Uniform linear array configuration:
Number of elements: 8
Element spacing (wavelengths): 0.25
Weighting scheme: blackman
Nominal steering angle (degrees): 15
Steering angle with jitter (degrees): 13.904
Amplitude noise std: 0.05
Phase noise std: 0.05

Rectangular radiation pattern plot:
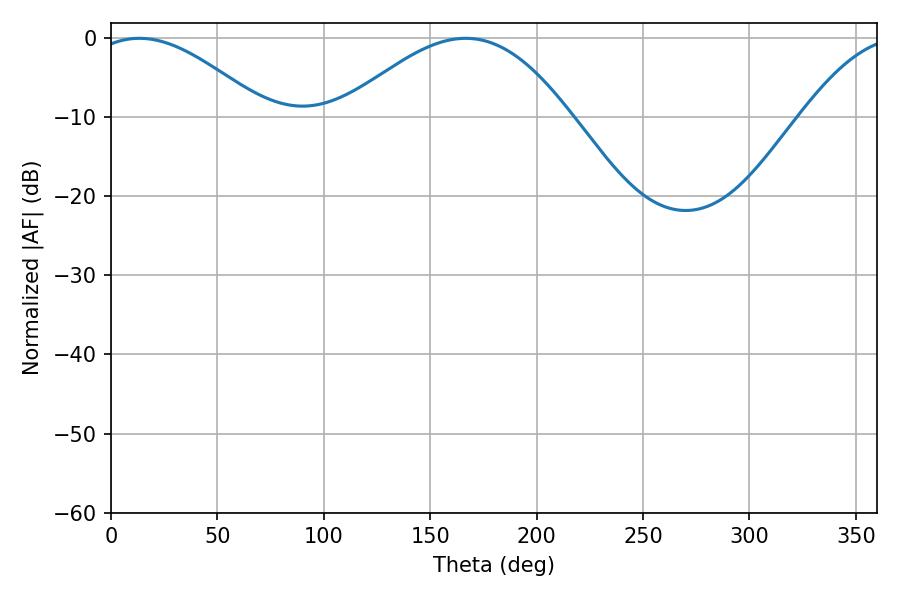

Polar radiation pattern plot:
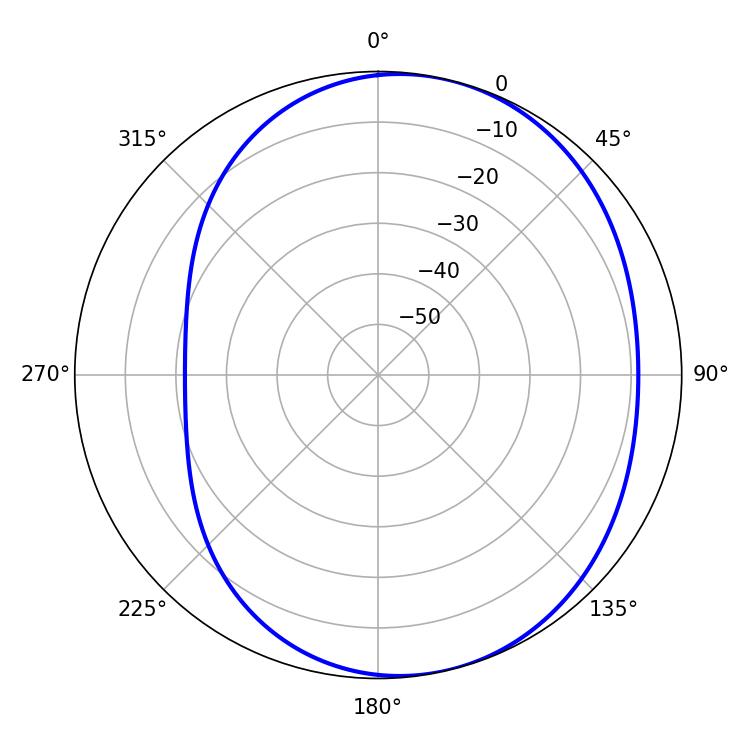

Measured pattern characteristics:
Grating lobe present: FALSE
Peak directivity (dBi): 5.082
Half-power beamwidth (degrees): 44.28
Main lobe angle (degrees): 13.32